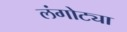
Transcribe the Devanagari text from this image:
लंगोट्या